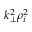
k _ { \perp } ^ { 2 } \rho _ { i } ^ { 2 }